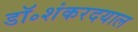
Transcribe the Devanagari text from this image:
डॉ॰शंकरदयाल